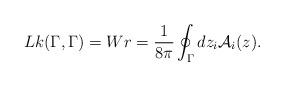
LaTeX: \begin{align*}Lk(\Gamma ,\Gamma )=Wr=\frac{1}{8\pi}\oint_{\Gamma} dz_i{\mathcal{A}}_i(z).\end{align*}